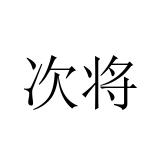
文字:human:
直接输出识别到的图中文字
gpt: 次将